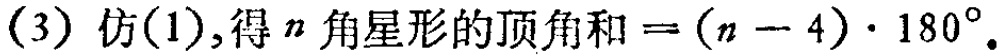
(3) 仿(1),得 \(n\) 角星形的顶角和\(=(n - 4)\cdot180^{\circ}\).